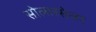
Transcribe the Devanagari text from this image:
सोलारसेलर